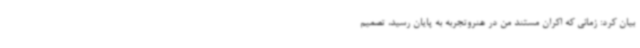
بیان کرد: زمانی که اکران مستند من در هنروتجربه به پایان رسید، تصمیم